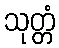
သုတ္တံ